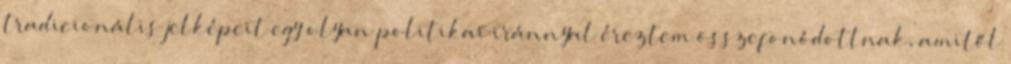
tradicionális jelképeit egy olyan politikai iránnyal éreztem összefonódottnak, amitől